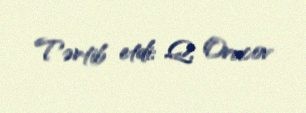
Tərtib etdi: Q. Orucov